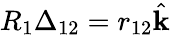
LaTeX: R_{1}\Delta_{12}=r_{12}\hat{\textbf{k}}